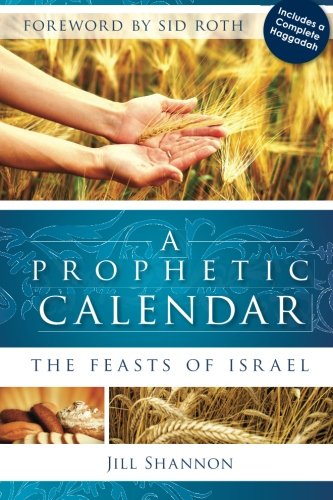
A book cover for A Prophetic Calendar: The Feasts of Israel; Jill Shannon; Christian Books & Bibles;